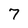
Character: 7